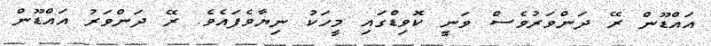
އައްޑޫން ރޭ ދަންވަރުވެސް ވަނީ ކޮވިޑްގައި މީހަކު ނިޔާވެފައެވެ. ރޭ ދަންވަރު އައްޑޫން